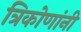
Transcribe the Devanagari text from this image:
त्रिकोणांनी